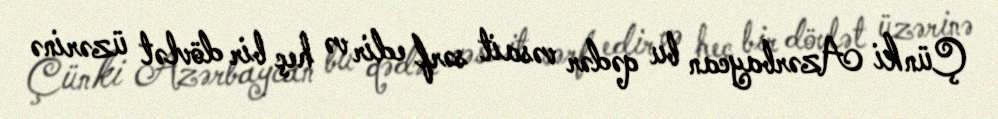
Çünki Azərbaycan bu qədər vəsait sərf edir və heç bir dövlət üzərinə